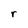
Character: r